Statistical return of the lunatic asylum in Assam - 1912-1932
Year: 1912
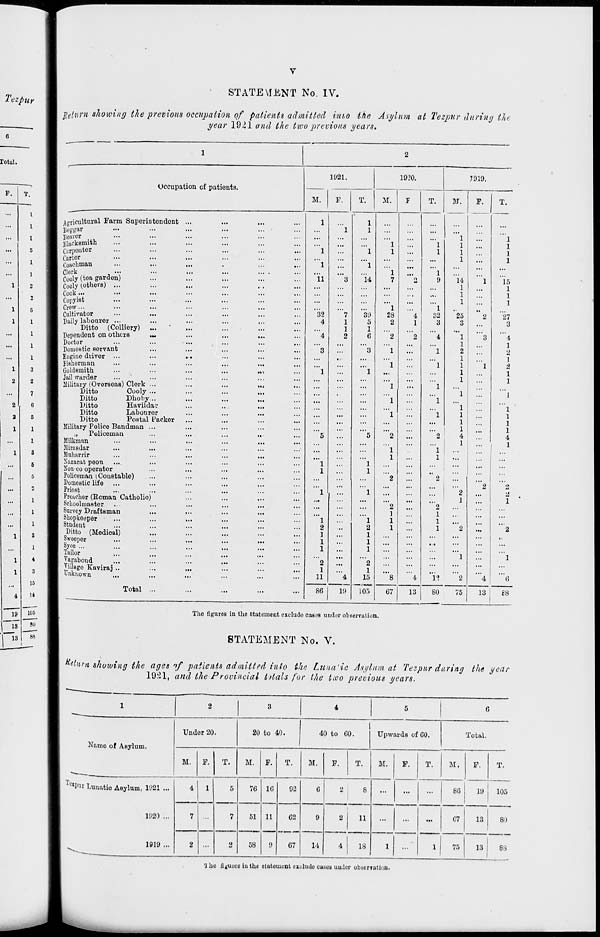
Tezpui
STATEMENT No. IV.
flclurn showing the previous occupation of patients admitted ini,o Ike Asylum at Tezpur during the
year 1921 and the tivo previous years.
rotui.
F.
T.
...
1
...
1
...
1
...
5
...
1
...
1
1
2
...
2
1
S
1
1
...
1
...
1
...
1
1
3
2
2
...
7
2
6
a 5
l
1
1
I
8
...
6
...
5
...
2
...
1
...
1
1
I
2
1
I
4
I
S
15
i
14
19
105
13 "
80
Tu 88
1
2
1921.
1920.
7919.
Occupation cf patients.
.
M.
P.
T.
M.
F
T.
M.
F.
T.
-—~~
Agricultural Farm Superintendent ...
...
1
" 1
1
1
...
...
...
...
...
Ileggar
"l
...
Doaror
1
Blacksmith
...
...
...
1
...
1
1
...
1
Curpontor
...
1
...
1
1
...
1
1
1
...
1
Carter
...
...
...
...
...
...
...
...
1
Coachmau
•••
•••
...
...
1
...
1
...
...
...
...
...
...
Clerk
•••
•••
•••
... .
...
...
1
...
1
Cooly (tea garden)
...
11
3
14
7
2
9
14
1
15
Cooly (others) ...
...
...
...
...
...
...
...
1
...
1
Cook ...
...
...
...
...
...
...
...
1
...
1
Copyist
...
...
...
...
"l
...
"l
1
...
1
Crew...
Cultivator
...
32
7
89
28
4
32
25
2
27
Daily labourer ...
...
4
1
5
2
1
3
3
3
Ditto (Colliery) ...
...
...
1
1
...
...
...
...
Dependent on others
...
4
2
6
2
2
4
1
3
4
Doctor
...
...
...
...
...
...
...
1
...
1
Domestic servant
...
3
...
3
1
...
1
2
2
Engine driver ...
•••
• • ■•
...
...
..
...
...
...
...
1
1
Fisherman
...
...
...
1
1
1
1
2
Goldsmith
Ml
1
...
1
M.
...
...
1
...
1
Jail warder
...
...
...
...
...
1
1
Military (Overseas) Clork ...
...
...
1
...
1
...
Ditto
Cooly ...
• 1.
...
1
1
Ditto
Dhoby...
...
1
1
...
Ditto
Havildar
...
1
1
Ditto
Labourer
...
1
1
1
1
Ditto
Postal Packer
1 1
1
Military Police Bandman ...
1
1
„
Policeman
..
5
5
2
...
2
4
4
Milkman
...
...
...
1
1
Mirasdar
...
...
1
1
...
...
Muharrir
...
...
...
1
...
1
...
Nazarafc peon
...
1
...
1
...
...
...
...
Non-oo operator
...
...
...
...
1
1
„ 1
Policeman (Constable)
...
2
...
2
...
Domestic life
...
...
2
2
Priest
1
1
2
2
Preacher (Eoman Catholic)
...
...
1
1
Schoolmaster
...
2
2
Survey Draftsman
...
1
1
Shopkoeper
...
1
1
1
1
Student
...
2
2
1
1
2
2
Ditto (Medical)
...
1
...
1
! "
Swoeper
...
1
1
• •
Syco ...
...
1
1
Tailor
...
1
i
Vagabond
...
2
2
Village Kaviraj ..
1
1
1 •••
Unknown
Total ...
...
11
4
15
105
8
4
1»
2
4
6
86
19
67
13
80
75
13
£8
The figures in the Statement exclude cases under observation.
STATEMENT No. V.
Return showing the ages of patients admitted into the Luna'ic Asylum at Tezpur daring the year
1981, and the Provincial fotals for the two previous years.
1
2
3
4
5
G
Name of ABylum.
Under 20.
20 to 40.
1
40 to 60.
Upwards of 60.
Total.
M.
F.
T.
M.
F.
T.
M.
F.
T.
M.
F.
T.
M.
F.
T.
T°« pur Lunatio Asylum, 1021 ...
4
5
76 16
92
6
2
8
...
...
...
86
19
105
1020 ...
7 ...
7
51
58
11
9
62
67
9
2
11
...
...
...
67
13
80
1019 ...
•^
2 ...
o
14
4
18
1
...
1
75
13
88
'J ho figures in the statement exclude eases under obserrution.